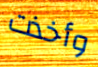
وأخذت